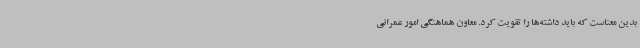
بدین معناست که باید داشته‌ها را تقویت کرد. معاون هماهنگی امور عمرانی